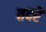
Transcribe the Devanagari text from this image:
तदरें